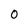
Character: 0